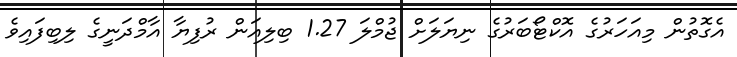
އެގޮތުން މިއަހަރުގެ އޮކްޓޯބަރުގެ ނިޔަލަށް ޖުމްލަ 1.27 ބިލިއަން ރުފިޔާ އާމްދަނީގެ ލިބިފައިވެ